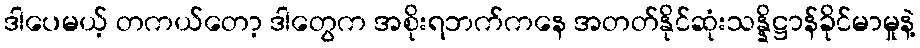
ဒါပေမယ့် တကယ်တော့ ဒါတွေက အစိုးရဘက်ကနေ အတတ်နိုင်ဆုံးသန္နိဋ္ဌာန်ခိုင်မာမှုနဲ့